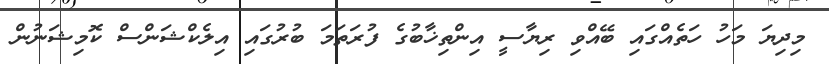
މިދިޔަ މަހު ހަތެއްގައި ބޭއްވި ރިޔާސީ އިންތިޚާބުގެ ފުރަތަމަ ބުރުގައި އިލެކްޝަންސް ކޮމިޝަނުން